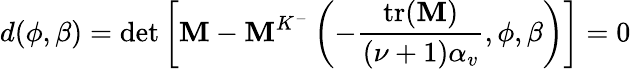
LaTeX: d(\phi,\beta)=\operatorname*{det}\left[\mathbf{M}-\mathbf{M}^{K^{-}}\left(-\frac{\mathrm{tr(}\mathbf{M})}{(\nu+1)\alpha_{v}},\phi,\beta\right)\right]=0